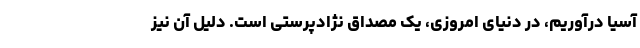
آسیا درآوریم، در دنیای امروزی، یک مصداق نژادپرستی است. دلیل آن نیز